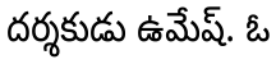
దర్శకుడు ఉమేష్. ఓ